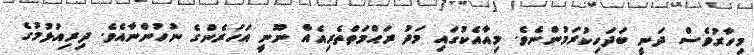
މިހާރުވެސް ދަނީ ބަދަހިކުރަމުންނެވެ. މިއާއެކުގައި މަދު ރަޙްމަތްތެރިއެއް ނޫނީ އަހަރެންގެ ނުހުންނާއެވެ. ދިރިއުޅުމުގެ